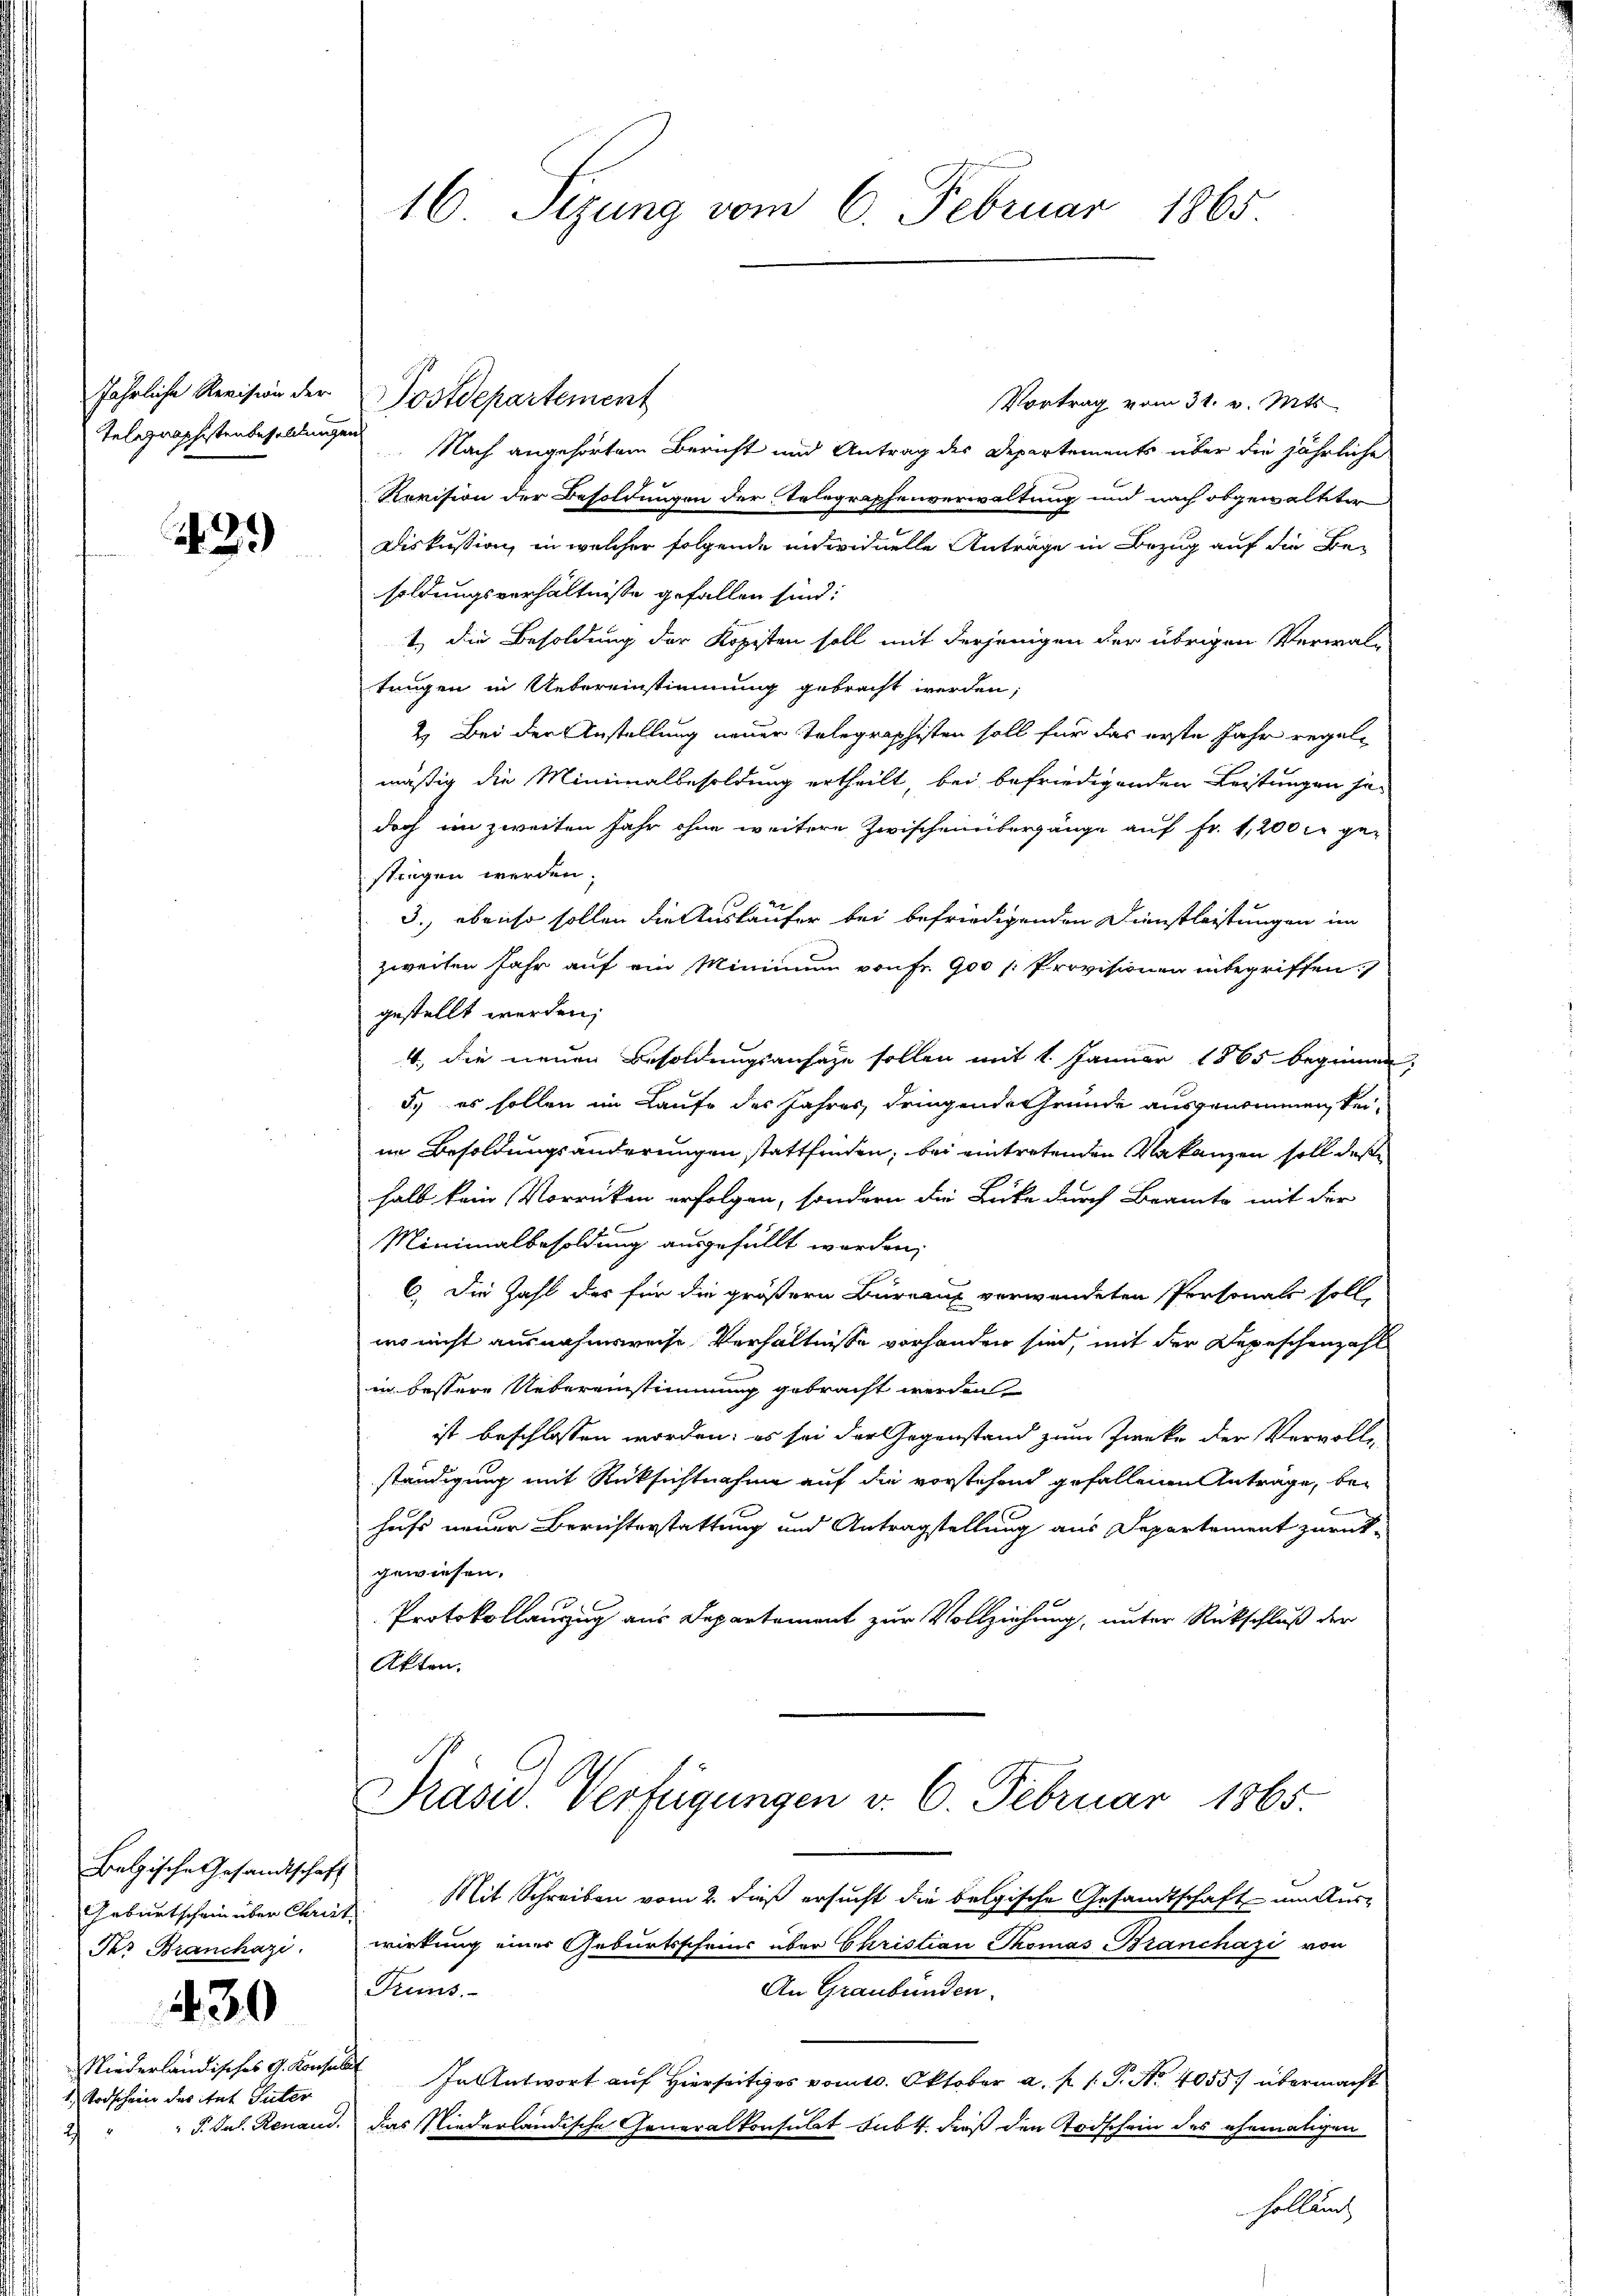
jährliche Revision der

39)

Belgische Gesandtschaft
Geburtschein über Christ
Per Franchazi.

430

Niederländisches G. Konsular
Todschein des itat Tuter

16. Sizung vom 6. Februar 1865.

Vortrag vom 31. v. Mts
Telgraphistenbesoldungen Nach angehörtem Bericht und Antrag des Departements über die jährliche
Revision der Besoldungen der Telegraphenverwaltung und nach obgewaltter
Diskussion, in welcher folgende individuelle Anträge in Bezug auf die Be-
soldungsverhältnisse gefallen sind:
t) die Besoldung der Kopisten soll mit derjenigen der übrigen Verwaltungen in Uebereinstimmung gebracht werden,
2.) Bei der Anstellung neuer Telegraphisten soll für das erste Jahr regelmäßig die Minimalbesoldung ertheilt, bei befriedigenden Leistungen jedoch im zweiten Jahr ohne weitere Zwischenbergänge auf Fr. 1,200 c. ge-
stiegen werden.
3., ebenso sollen die Auskäufer bei befriedigenden Dienstleistungen im
zweiten Jahr auf ein Minimum von fr. 900 Provisionen inbegriffen.
gestellt werden;
4., die neuen Besoldungsansage sollen mit 1. Januar 1865 beginnen,
dy es sollen im Laufe des Jahres dringende Gründe ausgenommen, keiin Besoldungsänderungen stattfinden, bei eintretenden Vakanzen soll deße
halb kein Vorrücken erfolgen, sondern die Lücke durch Beamte mit der
Minimalbesoldung ausgefüllt worden;
6. Die Zahl der für die größern Büreaux verwendeten Personals soll,
wo nicht ausnahmsweise Verhältnisse vorhanden sind, mit der Depeschenzahl
in bessere Uebereinstimmung gebracht werden
ist beschlossen worden; es sei der Gegenstand zum Zwecke der Vervolle
ständigung mit Rücksichtnahme auf die vorstehend gefallenen Anträge, beb
hufs neuer Berichterstattung und Antragstellung aus Departement zurück-
gewiesen.
Protokollanzug aus Departement zur Vollziehung, unter Rückschluß der
Akten.

Postdepartement

Präsid. Verfügungen v. 6. Februar 1865.

Mit Schreiben vom 2. dieß ersucht die belgische Gesandtschaft um Aus-
wirkung einer Geburtsscheins über Christian Thomas Branchazi von
Pruns.
An Graubünden.
In Antwort auf Hierseitiges vom 10. Oktober a. f. 1. P. Nr. 40557 übermacht
P. Jos. Renaud, das Niederländische Generalkonsulat subt. dieß den Todschein des ehematigen
holländ